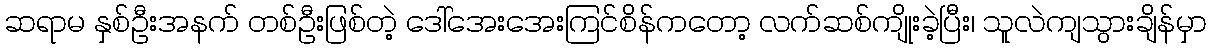
ဆရာမ နှစ်ဦးအနက် တစ်ဦးဖြစ်တဲ့ ဒေါ်အေးအေးကြင်စိန်ကတော့ လက်ဆစ်ကျိုးခဲ့ပြီး၊ သူလဲကျသွားချိန်မှာ